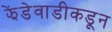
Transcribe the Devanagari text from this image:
झेंडेवाडीकडून